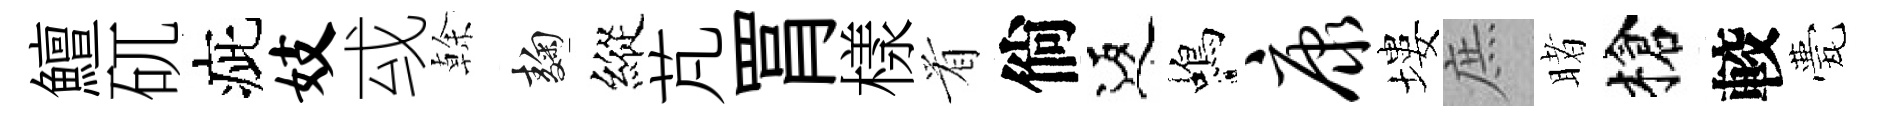
鱣矹疵妓㦯𠏉麹縱芃罥樣㸔倘返蝎康塿庶睹槍較甍